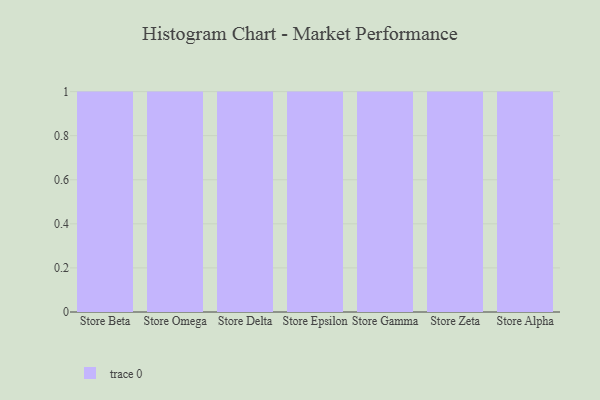
{"axis": {"x": "Store", "y": "Gross Profit (USD K)"}, "legend": [""], "data": [{"x": "Store Beta", "y": 73, "type": ""}, {"x": "Store Omega", "y": 30, "type": ""}, {"x": "Store Delta", "y": 37, "type": ""}, {"x": "Store Epsilon", "y": 45, "type": ""}, {"x": "Store Gamma", "y": 33, "type": ""}, {"x": "Store Zeta", "y": 69, "type": ""}, {"x": "Store Alpha", "y": 44, "type": ""}]}